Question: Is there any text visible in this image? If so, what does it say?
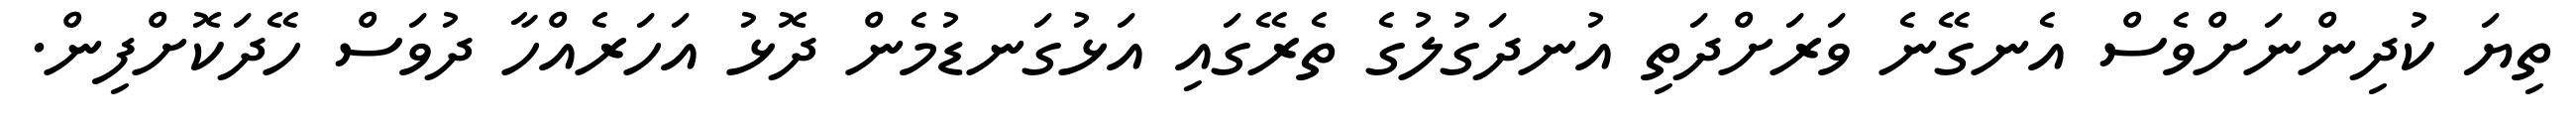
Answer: ތިޔަ ކުދިންނަށްވެސް އެނގޭނެ ވަރަށްދަތި އުނދަގުލުގެ ތެރޭގައި އަޅުގަނޑުމެން ދޮޅު އަހަރެއްހާ ދުވަސް ހޭދަކޮށްފިން.